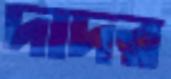
দাদর